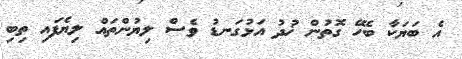
އެ ބަޔަކާ ބެހޭ ގޮތުން ޚުދު އަޅުގަނޑު ވެސް ލިޔުންތަައް ލިޔެފައި ތިބި